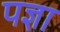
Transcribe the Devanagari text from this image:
पज्ञा